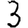
Digit: 3